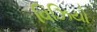
વિઝિયો